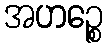
အဟဉ္စေ